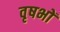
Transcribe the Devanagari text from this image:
वृषभों